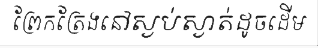
ព្រែកត្រែងនៅស្ងប់ស្ងាត់ដូចដើម